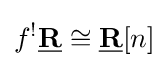
f^{!}{\underline {\mathbf {R} }}\cong {\underline {\mathbf {R} }}[n]